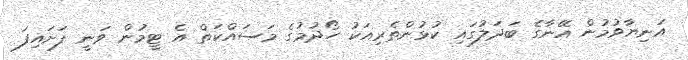
އަނިޔާވުމުން އޭނާގެ ބަދަލުގައި ކުޅުންތެރިއަކު ހޯދުމުގެ މަސައްކަތް އެ ޓީމުން ވަނީ ފަށައިފަ